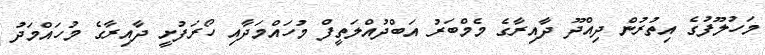
މަހުލޫފުގެ އިތުރުން ދިއްދޫ ދާއިރާގެ މެމްބަރު އަބްދުއްލަތީފް މުހައްމަދާއި ހޯރަފުށީ ދާއިރާގެ މުހައްމަދު